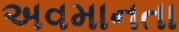
અવમાનતા